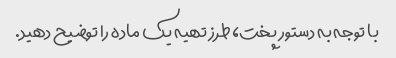
با توجه به دستور پخت، طرز تهیه یک ماده را توضیح دهید.